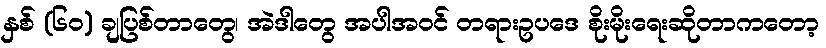
နှစ် (၆၀) ချပြစ်တာတွေ၊ အဲဒါတွေ အပါအဝင် တရားဥပဒေ စိုးမိုးရေးဆိုတာကတော့